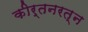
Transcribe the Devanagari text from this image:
कीर्तनरत्‍न